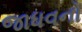
જાધવનો